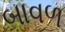
બાવળ